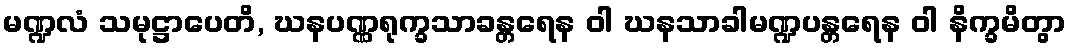
မဏ္ဍလံ သမုဋ္ဌာပေတိ, ဃနပဏ္ဏရုက္ခသာခန္တရေန ဝါ ဃနသာခါမဏ္ဍပန္တရေန ဝါ နိက္ခမိတွာ